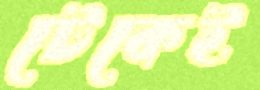
টেকেই